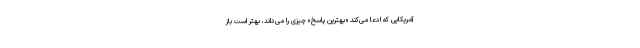
آمریکایی که ادعا می‌کند «بهترین پاسخ» چیزی را می‌داند، بهتر است باز